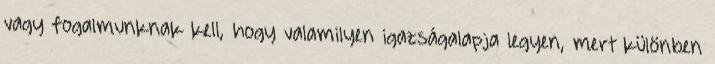
vagy fogalmunknak kell, hogy valamilyen igazságalapja legyen, mert különben